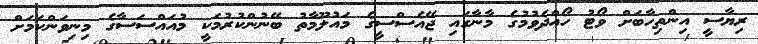
ރިޔާސީ އިންތިހާބަށް ވޯޓު ހޯއްދެވުމުގެ މާނާގައި ޖޭއެސްސީގެ މައުލޫމާތު ބޭނުންކުރުމަކީ މުއައްސަސާގެ މިނިވަންކަމަށް